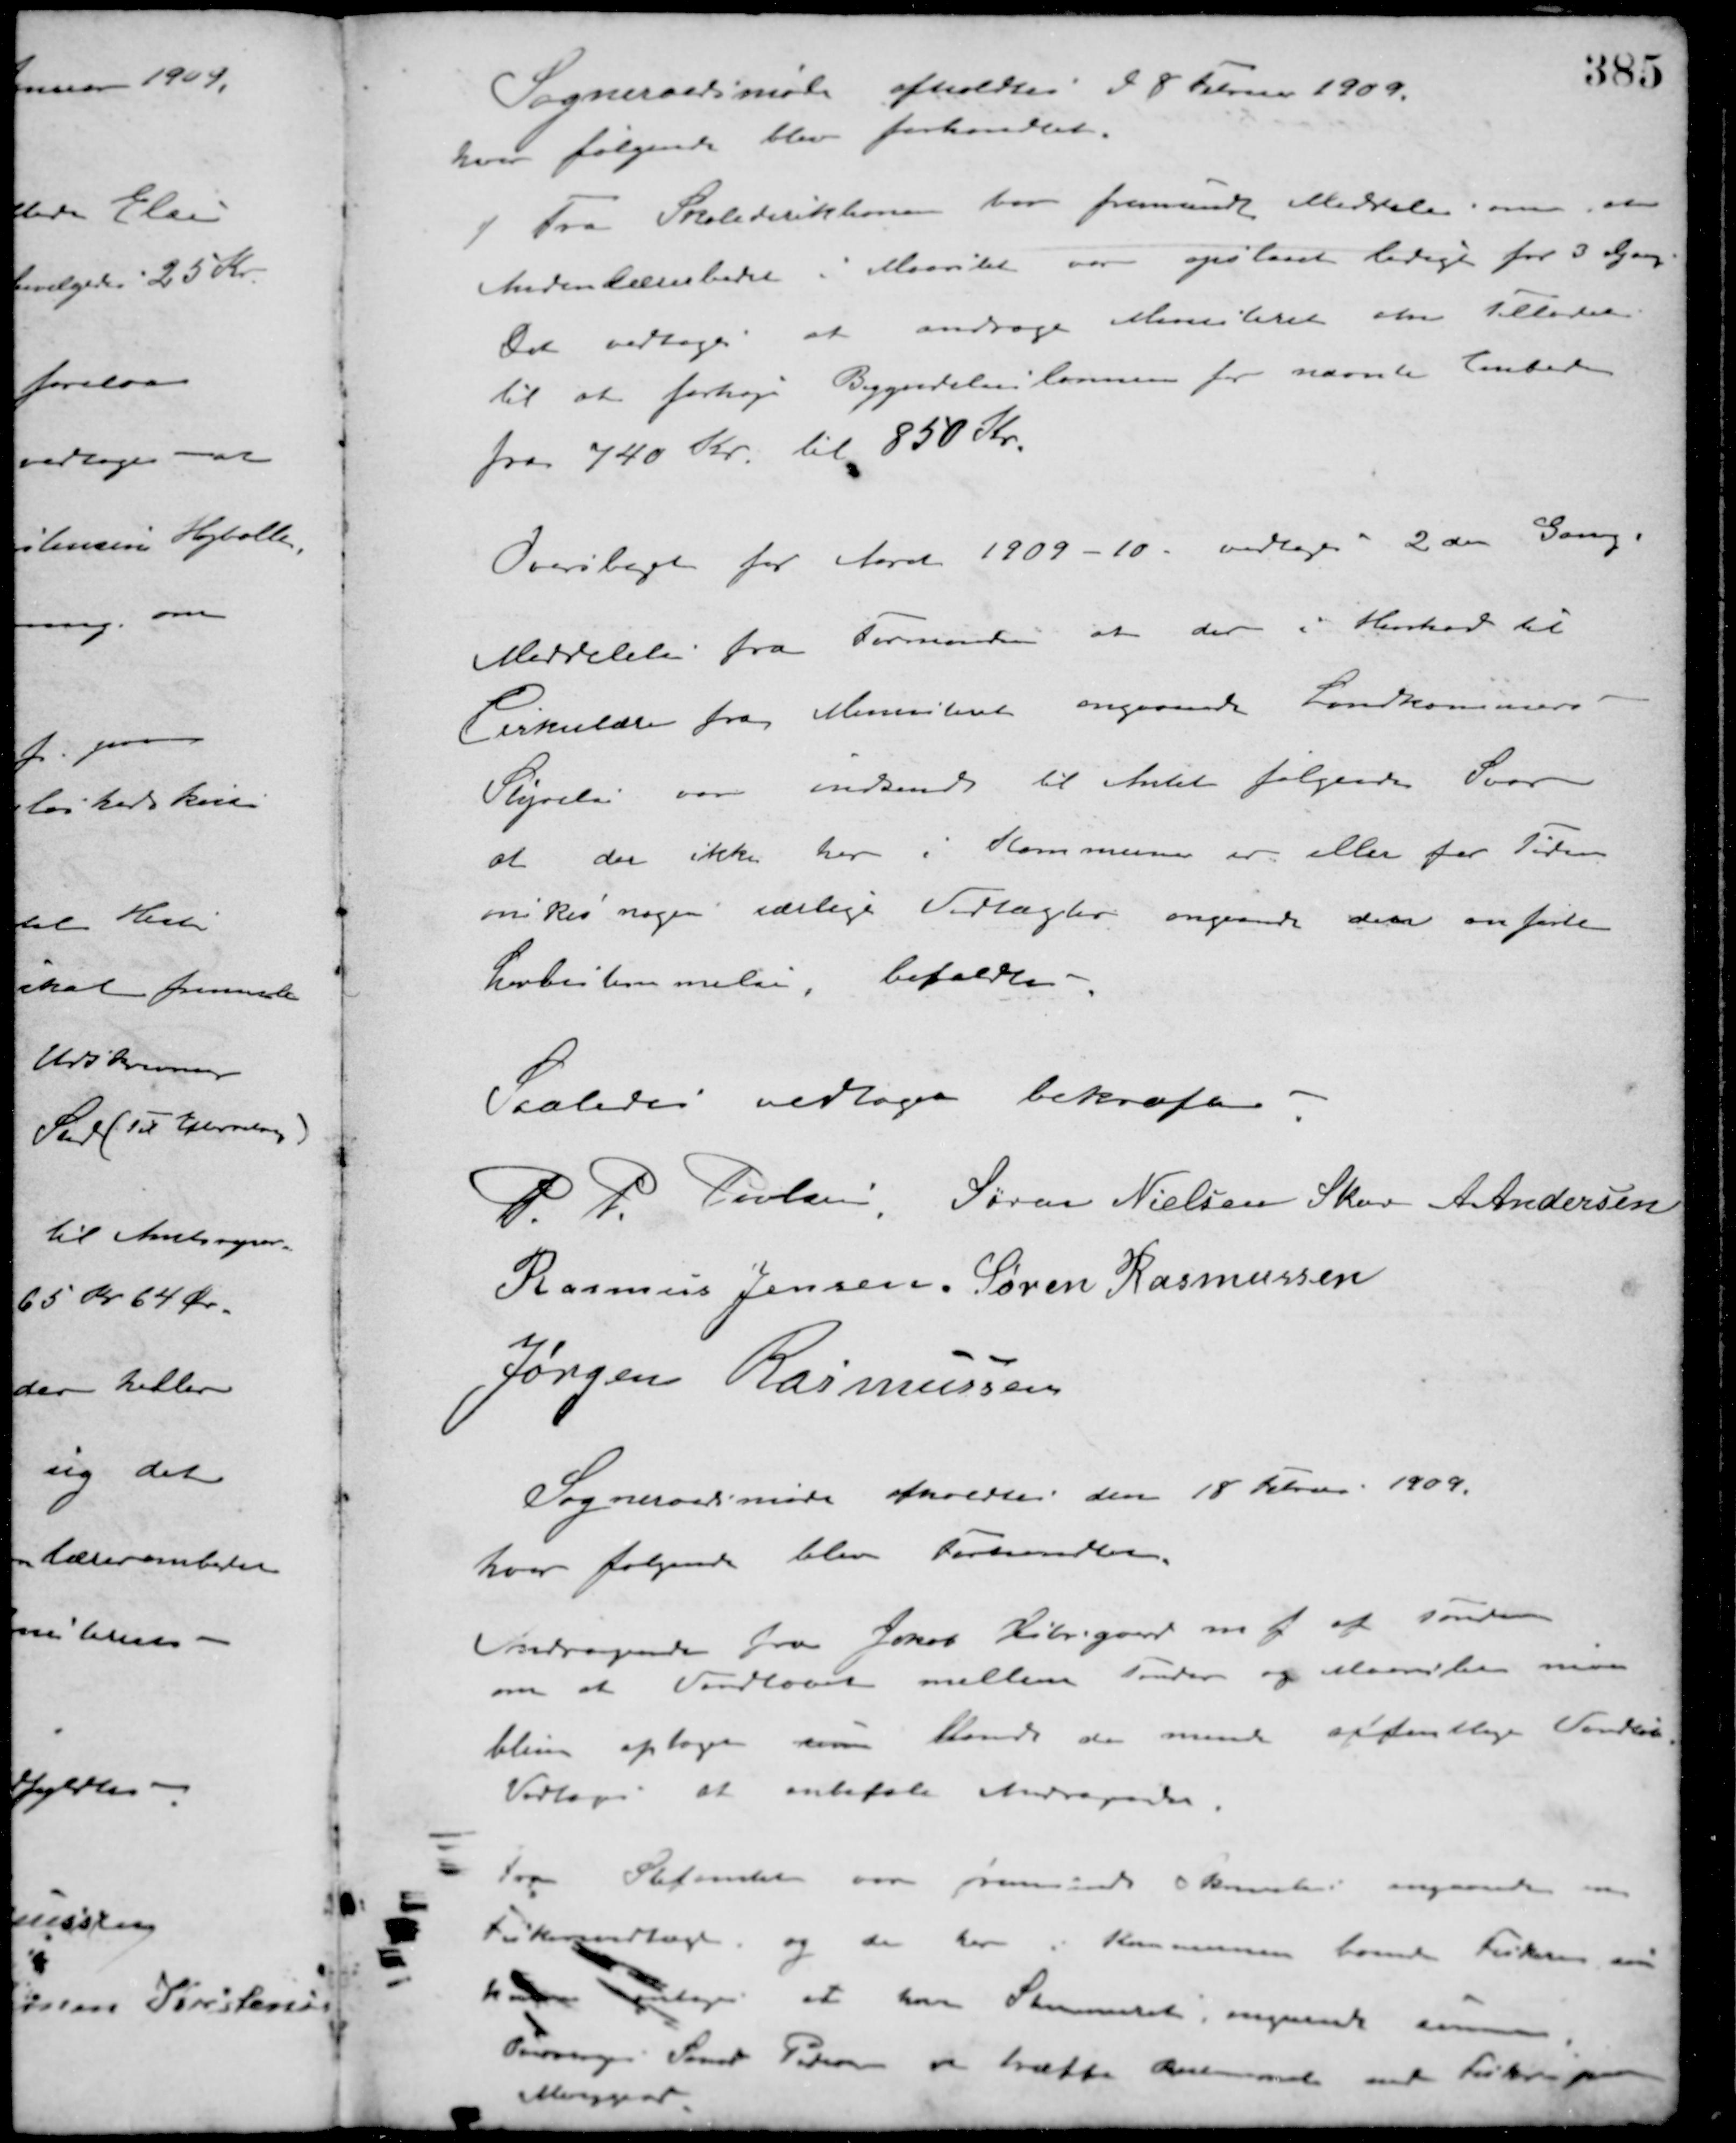
Transskription:
Sogneraadsmøde afholdtes d 8 Februar 1909.
hvor følgende blev forhandlet.
1 Fra Skoledirektionen var fremsendt Meddelelse om, at
Andenlærerembedet i Maarslet var opslaaet ledigt for 3 Gang
Det vedtoges at andrage Ministeriet om Tilladelse
til at forhøje Begyndelseslønnen for nævnte Embede
fra 740 Kr. til 850 Kr.
Overslaget for Aaret 1909-10 vedtoges 2den Gang.
Meddelelse fra Formanden at der i Henhold til
Cirkulære fra Ministeriet angaaende Landkommuners
Styrelse var indsendt til Amtet følgende Svar
at der ikke her i Kommune er eller for Tiden
ønkes nogen særlige Vedtægter angaende den anførte
Lovbestemmelse, befaldte
Saaledes vedtaget bekræftes
P. P. Poulsen Søren Nielsen Skov A. Andersen
Rasmus Jensen Søren Rasmussen
Jørgen Rasmussen
Sogneraadsmøde afholdtes den 18 Februar 1909.
hvor følgende blev Forhandlet.
Andragende fra Jonas Kirkegaard m. f. at sonden
om at Vandløbet mellem Testrup og Maarslet maa
blive optaget som blandt de mindre offentlige Vandløb
Vedtoges at anbefale Andragende.
Fra Stiftamtet var fremsendt Skrivelse angaaende en
Fiskendtage og den her i Kommunen boende Fisker som
hetlige at have Stemmeret, angående samme
Tørvig. Smed Petersen vil træffe Anemmel med Fisker xxx
Minggaard.